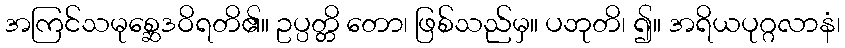
အကြင်သမုစ္ဆေဒဝိရတိ၏။ ဥပ္ပတ္တိ တော၊ ဖြစ်သည်မှ။ ပဘုတိ၊ ၍။ အရိယပုဂ္ဂလာနံ၊